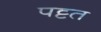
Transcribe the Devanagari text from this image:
पट्टत